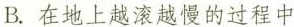
B.在地上越滚越慢的过程中